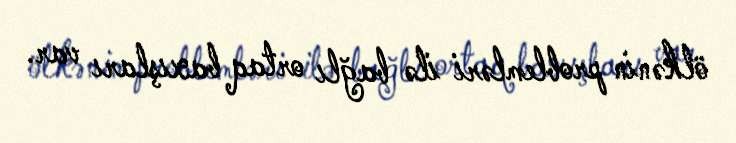
ölkənin problemləri ilə bağlı ortaq baxışları var.